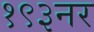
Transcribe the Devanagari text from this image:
१९३नर